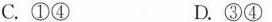
C.①④ D.③④